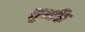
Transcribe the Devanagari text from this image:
सुभक्ति